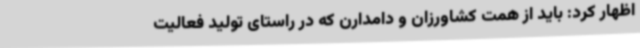
اظهار کرد: باید از همت کشاورزان و دامدارن که در راستای تولید فعالیت